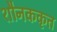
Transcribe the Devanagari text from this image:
शौनककृत